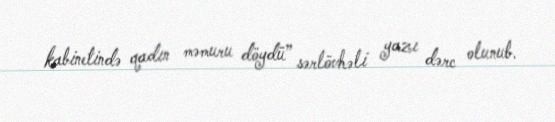
kabinetində qadın məmuru döydü” sərlövhəli yazı dərc olunub.